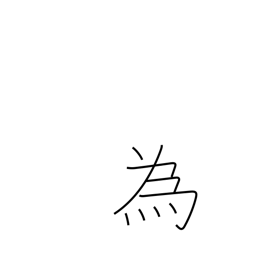
Meaning: do